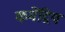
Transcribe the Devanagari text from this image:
कमेंद्रिय